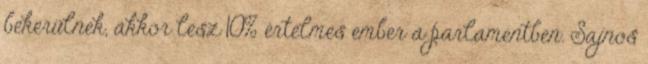
bekerülnek, akkor lesz 10% értelmes ember a parlamentben. Sajnos